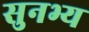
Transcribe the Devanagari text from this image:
सुनभ्य